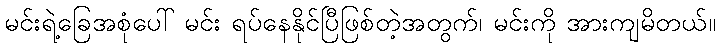
မင်းရဲ့ခြေအစုံပေါ် မင်း ရပ်နေနိုင်ပြီဖြစ်တဲ့အတွက်၊ မင်းကို အားကျမိတယ်။